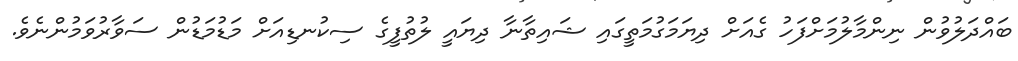
ބައްދަލުވުން ނިންމާލުމަށްފަހު ގެއަށް ދިޔަމަގުމަތީގައި ޝައިތާނާ ދިޔައީ ލުތުފީގެ ސިކުނޑިއަށް މަޑުމަޑުން ސަވާރުވަމުންނެވެ.